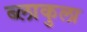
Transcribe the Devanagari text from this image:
ब्लाकुला